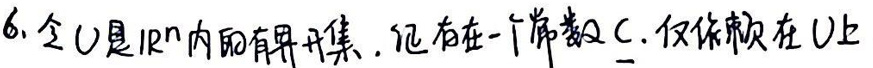
6. 令\(V\)是$IR^n$内的有界开集，记存在一个常数\(C\)，仅依赖在\(V\)上